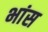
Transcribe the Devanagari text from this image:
भांस